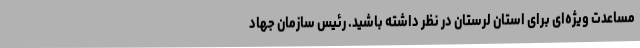
مساعدت ویژه‌ای برای استان لرستان در نظر داشته باشید. رئیس سازمان جهاد